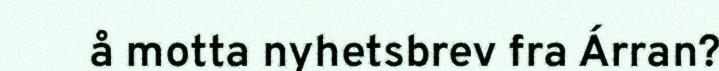
å motta nyhetsbrev fra Árran?